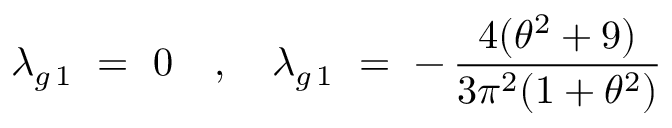
\lambda _ { g \, 1 } ~ = ~ 0 ~ ~ ~ , ~ ~ ~ \lambda _ { g \, 1 } ~ = ~ - \, \frac { 4 ( \theta ^ { 2 } + 9 ) } { 3 \pi ^ { 2 } ( 1 + \theta ^ { 2 } ) }